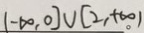
( - \infty , 0 ] \cup [ 2 , + \infty )